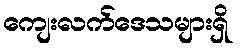
ကျေးလက်ဒေသများရှိ